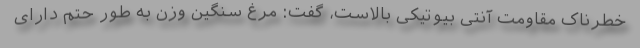
خطرناک مقاومت آنتی بیوتیکی بالاست، گفت: مرغ سنگین وزن به طور حتم دارای